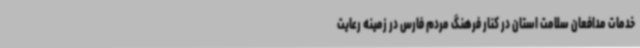
خدمات مدافعان سلامت استان در کنار فرهنگ مردم فارس در زمینه رعایت